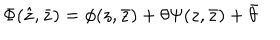
\Phi ( \hat { z } , \bar { z } ) = \phi ( z , \bar { z } ) + \theta \Psi ( z , \bar { z } ) + \bar { \theta }